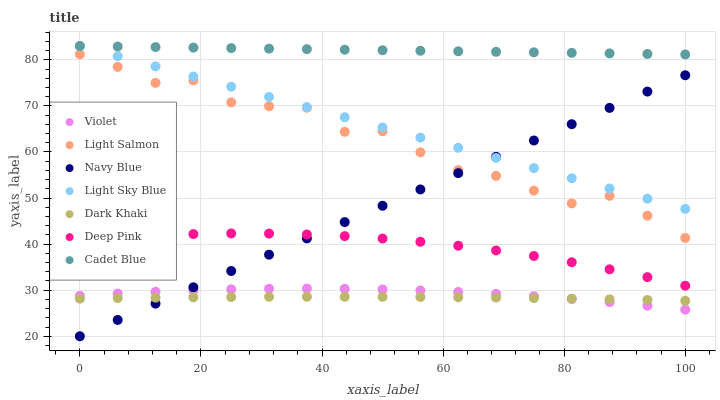
| xaxis_label | Violet | Light Salmon | Navy Blue | Light Sky Blue | Dark Khaki | Deep Pink | Cadet Blue |
 | --- | --- | --- | --- | --- | --- | --- | --- |
 | 0 | 28.8 | 81.2 | 20 | 83 | 28.2 | 40.8 | 83 |
 | 6.25 | 29.3 | 78.5 | 23.5 | 80.8 | 28.3 | 41.4 | 82.9 |
 | 12.5 | 29.7 | 75 | 27.1 | 78.6 | 28.4 | 41.9 | 82.8 |
 | 18.8 | 30 | 75.5 | 30.6 | 76.4 | 28.5 | 42.2 | 82.7 |
 | 25 | 30.2 | 70.8 | 34.2 | 74.2 | 28.5 | 42.3 | 82.5 |
 | 31.2 | 30.3 | 69.9 | 37.7 | 72 | 28.6 | 42.3 | 82.4 |
 | 37.5 | 30.4 | 69.6 | 41.2 | 69.7 | 28.6 | 42.1 | 82.3 |
 | 43.8 | 30.3 | 64.4 | 44.8 | 67.5 | 28.6 | 41.7 | 82.2 |
 | 50 | 30.2 | 64.5 | 48.3 | 65.3 | 28.6 | 41.2 | 82.1 |
 | 56.2 | 29.9 | 59.9 | 51.9 | 63.1 | 28.5 | 40.5 | 82 |
 | 62.5 | 29.6 | 56.1 | 55.4 | 60.9 | 28.5 | 39.6 | 81.9 |
 | 68.8 | 29.2 | 54.8 | 58.9 | 58.7 | 28.4 | 38.6 | 81.7 |
 | 75 | 28.7 | 51.6 | 62.5 | 56.5 | 28.3 | 37.4 | 81.6 |
 | 81.2 | 28.1 | 48.8 | 66 | 54.3 | 28.2 | 36.1 | 81.5 |
 | 87.5 | 27.4 | 50.5 | 69.6 | 52.1 | 28 | 34.5 | 81.4 |
 | 93.8 | 26.6 | 46.2 | 73.1 | 49.9 | 27.9 | 32.8 | 81.3 |
 | 100 | 25.8 | 41.3 | 76.7 | 47.7 | 27.7 | 31 | 81.2 |